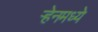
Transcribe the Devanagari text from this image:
ऱ्हेनमध्ये